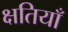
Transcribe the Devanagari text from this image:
क्षतियाँ